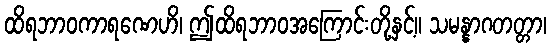
ထိရဘာဝကာရဏေဟိ၊ ဤထိရဘာဝအကြောင်းတို့နှင့်။ သမန္နာဂတတ္တာ၊